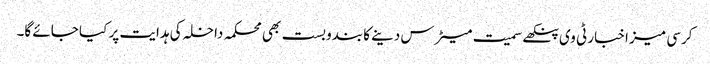
کرسی میز اخبار ٹی وی پنکھے سمیت میٹرس دینے کا بندوبست بھی محکمہ داخلہ کی ہدایت پر کیا جائے گا۔